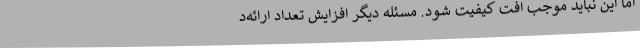
اما این نباید موجب افت کیفیت شود. مسئله دیگر افزایش تعداد ارائه‌د